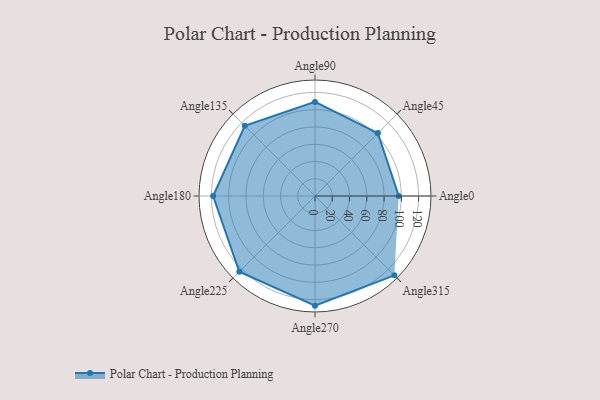
{"axis": {"x": "Angle", "y": "Radius"}, "legend": [""], "data": [{"x": "Angle0", "y": 97.0, "type": ""}, {"x": "Angle45", "y": 103.0, "type": ""}, {"x": "Angle90", "y": 109.0, "type": ""}, {"x": "Angle135", "y": 115.0, "type": ""}, {"x": "Angle180", "y": 118.0, "type": ""}, {"x": "Angle225", "y": 124.0, "type": ""}, {"x": "Angle270", "y": 127.0, "type": ""}, {"x": "Angle315", "y": 130.0, "type": ""}]}